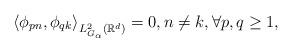
LaTeX: \begin{align*}\left\langle\phi_{pn},\phi_{qk}\right\rangle_{L^{2}_{G_{\alpha}}(\mathbb{R}^{d})}=0,n\neq k,\forall p,q\geq1,\end{align*}